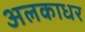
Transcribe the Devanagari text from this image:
अलकाधर